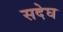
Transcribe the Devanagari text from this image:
सदेघ